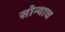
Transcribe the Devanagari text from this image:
सोन्याच